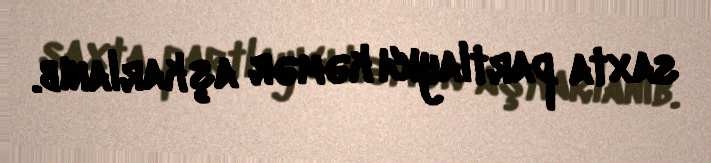
saxta partlayıcı kəmər aşkarlanıb.